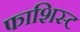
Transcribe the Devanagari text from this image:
फाशिस्ट